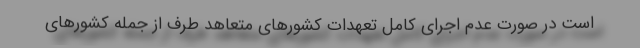
است در صورت عدم اجرای کامل تعهدات کشورهای متعاهد طرف از جمله کشورهای